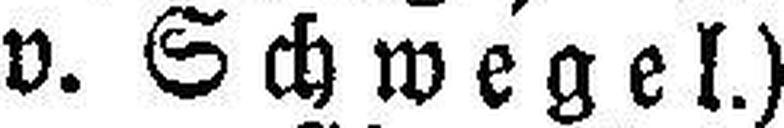
v. Schwegel.)